Trukikaitis_Postimees, lk 27
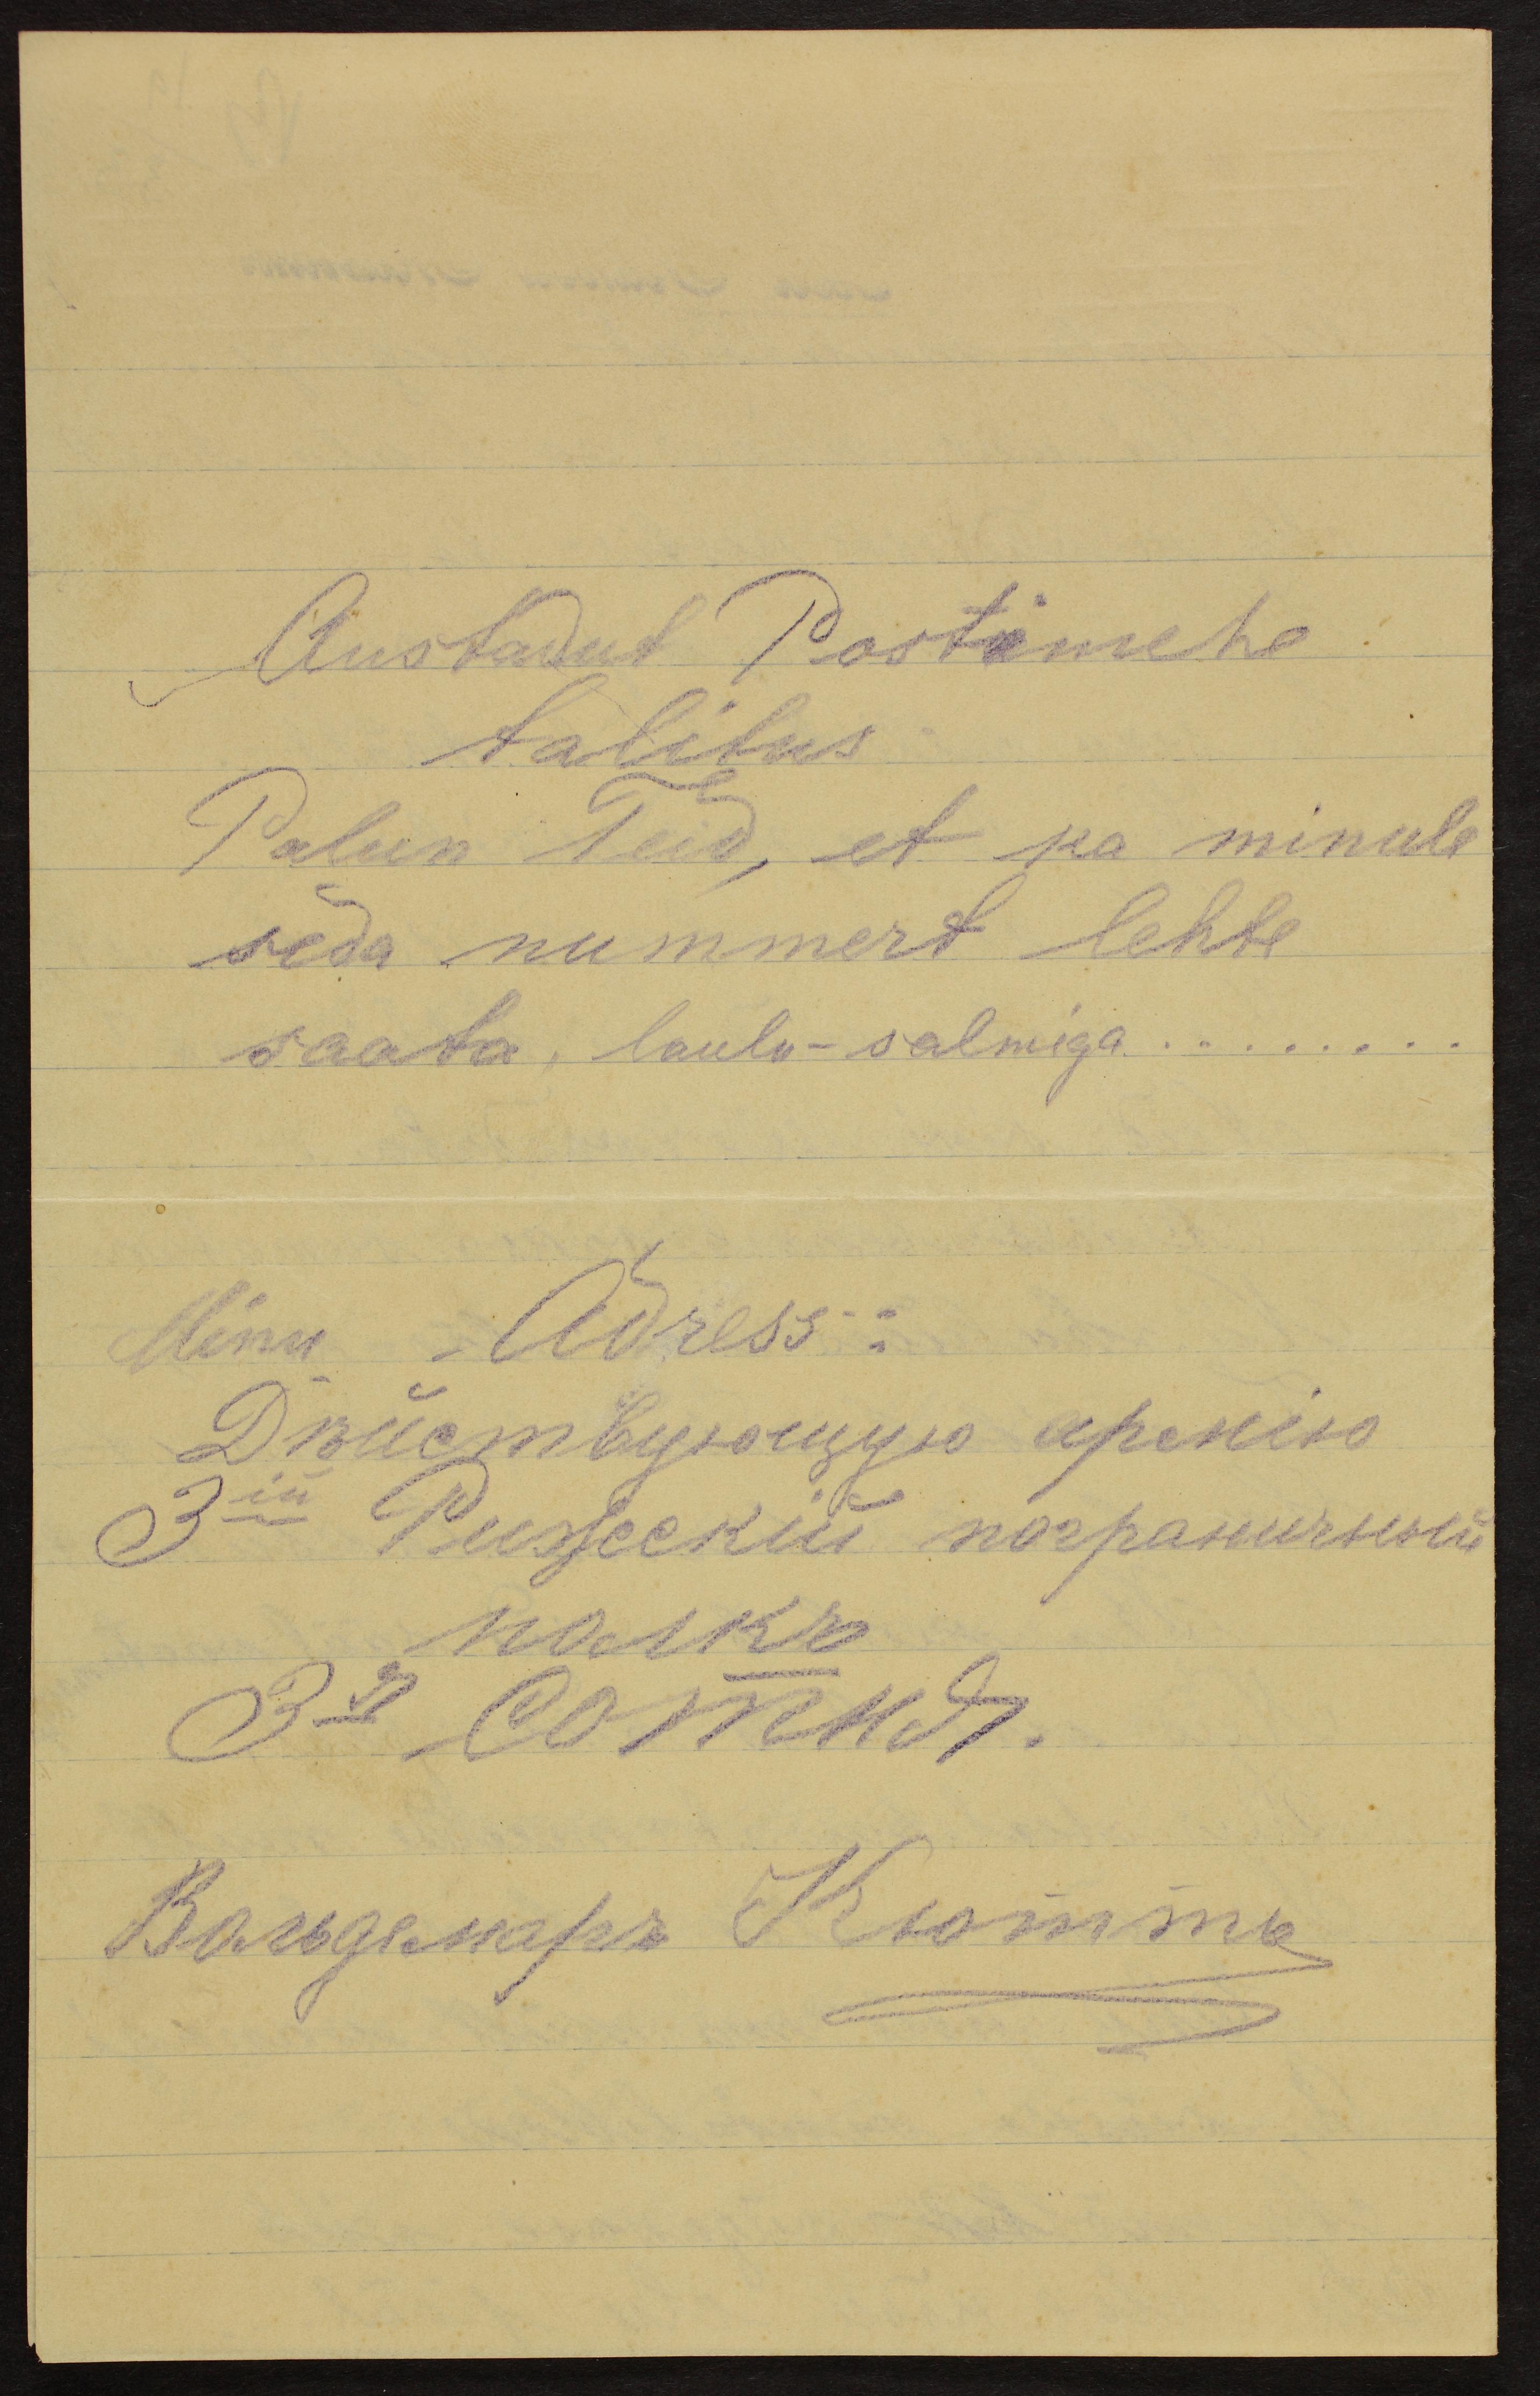
Austatud Postimehe
Talitus
Palun Teid, et ka minule
seda nummert lehte
saata, laulu-salmiga........
Minu Adress: